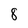
Character: 8